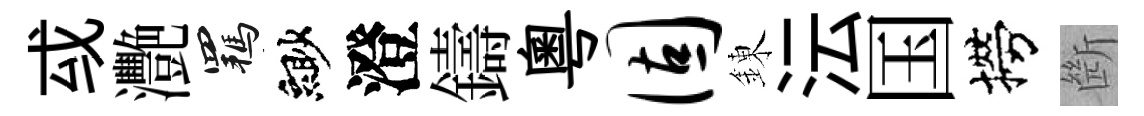
㦯灧羈緲澄鑄粵固錬沄国撈㫁